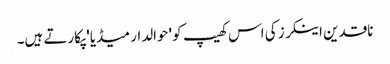
ناقدین اینکرز کی اس کھیپ کو 'حوالدار میڈیا' پکارتے ہیں۔